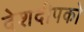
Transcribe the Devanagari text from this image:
देशदीपको